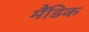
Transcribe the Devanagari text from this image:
मैंडिक